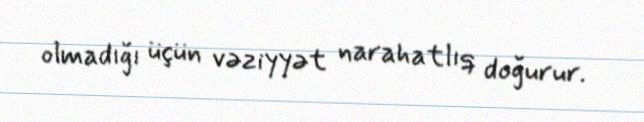
olmadığı üçün vəziyyət narahatlıq doğurur.